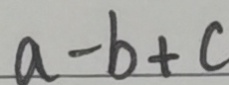
a - b + c